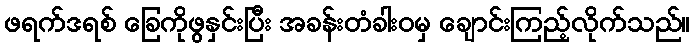
ဖရက်ဒရစ် ခြေကိုဖွနှင်းပြီး အခန်းတံခါးဝမှ ချောင်းကြည့်လိုက်သည်။